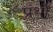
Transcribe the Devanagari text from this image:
प्रंथों